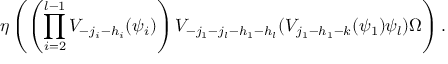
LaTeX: \eta \left( \left( \prod _ { i = 2 } ^ { l - 1 } V _ { - j _ { i } - h _ { i } } ( \psi _ { i } ) \right) V _ { - j _ { 1 } - j _ { l } - h _ { 1 } - h _ { l } } ( V _ { j _ { 1 } - h _ { 1 } - k } ( \psi _ { 1 } ) \psi _ { l } ) \Omega \right) .